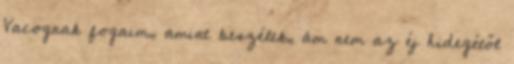
Vacognak fogaim, amint beszélek, ám nem az éj hidegétől